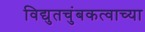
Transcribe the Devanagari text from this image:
विद्युतचुंबकत्वाच्या